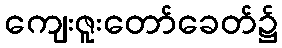
ကျေးဇူးတော်ခေတ်၌